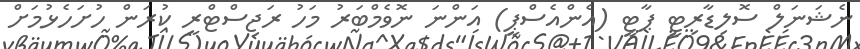
ނެޝަނަލް ސޮލިޑާރިޓީ ޕާޓީ (އެންއެސްޕީ) އަންނަ ނޮވެމްބަރު މަހު ރަޖިސްޓްރީ ކުރަން ހުށަހެޅުމަށް